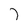
Character: 7